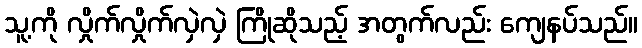
သူ့ကို လှိုက်လှိုက်လှဲလှဲ ကြိုဆိုသည့် အတွက်လည်း ကျေနပ်သည်။